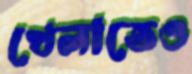
খেলাতেও